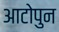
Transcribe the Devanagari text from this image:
आटोपुन